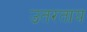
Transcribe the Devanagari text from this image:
उतरताय